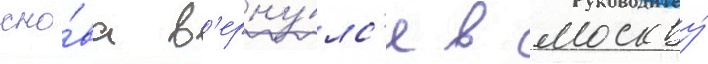
сно́ва в'ерну́лс'я в москву́